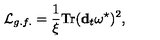
{ \cal L } _ { g . f . } = \frac { 1 } { \xi } \mathrm { T r } ( { \bf d } _ { t } \omega ^ { \star } ) ^ { 2 } ,